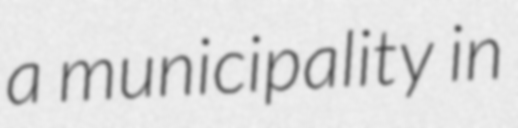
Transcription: a municipality in